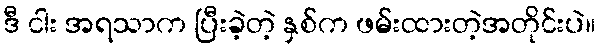
ဒီ ငါး အရသာက ပြီးခဲ့တဲ့ နှစ်က ဖမ်းထားတဲ့အတိုင်းပဲ။